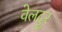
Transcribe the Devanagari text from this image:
वेलदूर